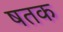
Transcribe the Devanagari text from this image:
षतक